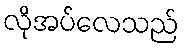
လိုအပ်လေသည်